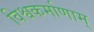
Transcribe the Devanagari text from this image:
विश्वकर्माणाम्